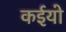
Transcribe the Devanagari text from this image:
कईयो